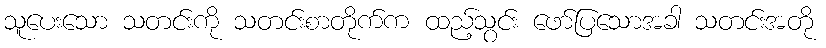
သူပေးသော သတင်းကို သတင်းစာတိုက်က ထည့်သွင်း ဖော်ပြသောအခါ သတင်းအတို